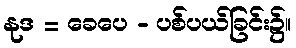
နုဒ = ခေပေ - ပစ်ပယ်ခြင်း၌။